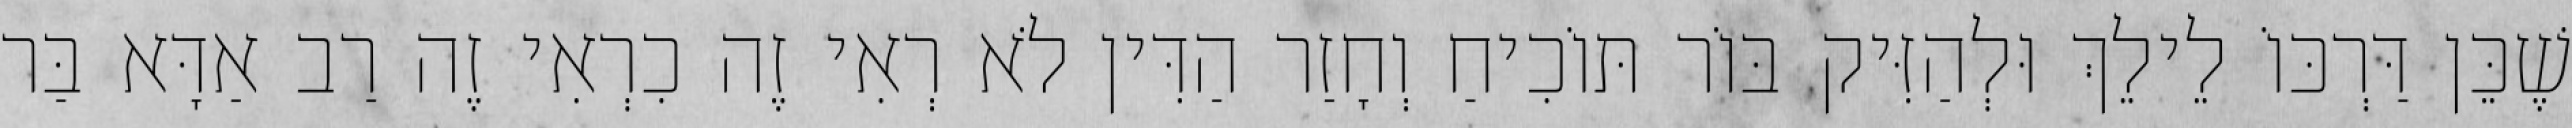
שֶׁכֵּן דַּרְכּוֹ לֵילֵךְ וּלְהַזִּיק בּוֹר תּוֹכִיחַ וְחָזַר הַדִּין לֹא רְאִי זֶה כִרְאִי זֶה רַב אַדָּא בַּר